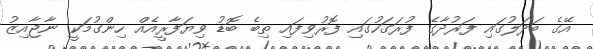
އޭގެ ބަދަލުގައި ފަރުދާގެ ފުރަގަހުގައި ފޮރުވިފައި ތިބެ ބޮޑު ވިޔަފާރީއެއް ހިންގުމަކީ ނާޖާއިޒު